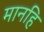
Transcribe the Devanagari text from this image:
मानहि